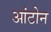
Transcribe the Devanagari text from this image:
आंटोन